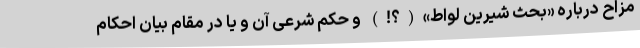
مزاح درباره «بحث شیرین لواط»(؟!) و حکم شرعی آن و یا در مقام بیان احکام